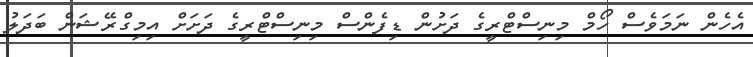
އެހެން ނަމަވެސް ހޯމް މިނިސްޓްރީގެ ދަށުން ޑިފެންސް މިނިސްޓްރީގެ ދަށަށް އިމިގްރޭޝަން ބަދަލު